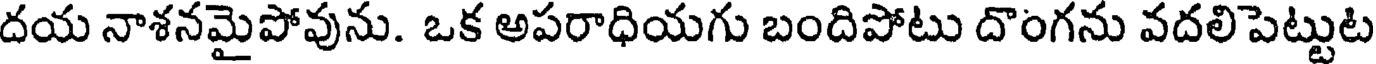
దయ నాశనమైపోవును. ఒక అపరాధియగు బందిపోటు దొంగను వదలిపెట్టుట